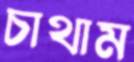
চাথাম